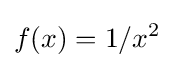
f(x)=1/x^{2}